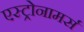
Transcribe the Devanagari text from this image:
एस्ट्रोनामर्स